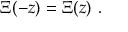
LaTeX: \Xi ( - z ) = \Xi ( z ) ~ .